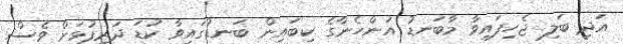
އަދި ބަލި ޖެހިފައިވާ މާބަނޑު އަންހެނާގެ ކިބައިން ބަނޑުގައިވާ ކުޑަ ދަރިފުޅަށް ވެސް